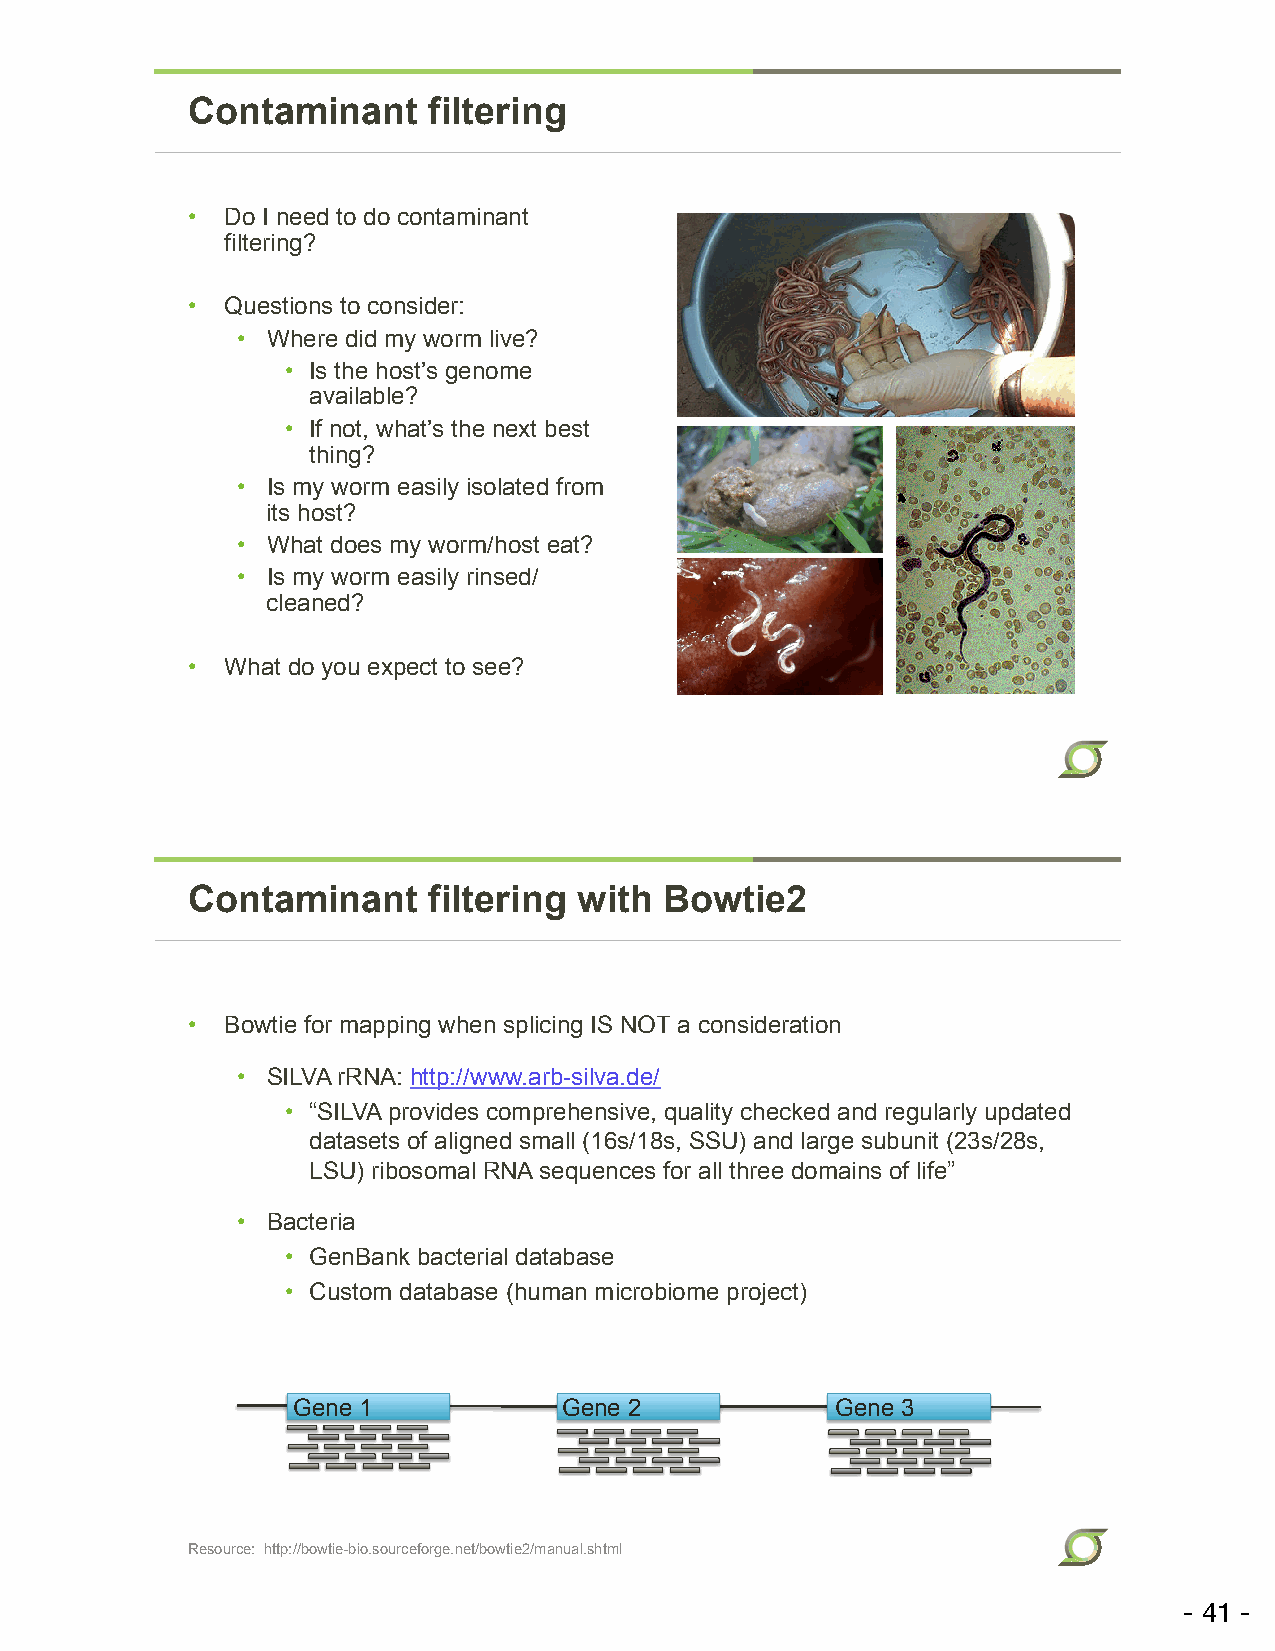
Contaminant     filtering
 •  Do I need to do contaminant
 filtering?
 •  Questions to consider:
 • Where did my worm live?
 • Is the host’s genome
 available?
 • If not, what’s the next best
 thing?
 • Is my worm easily isolated from
 its host?
 • What does my worm/host eat?
 • Is my worm easily rinsed/
 cleaned?
 •  What do you expect to see?
 Contaminant     filtering with  Bowtie2
 •  Bowtie for mapping when splicing IS NOT a consideration
 • SILVA rRNA: http://www.arb-silva.de/
 • “SILVA provides comprehensive, quality checked and regularly updated
 datasets of aligned small (16s/18s, SSU) and large subunit (23s/28s,
 LSU) ribosomal RNA sequences for all three domains of life”
 • Bacteria
 • GenBank bacterial database
 • Custom database (human microbiome project)
 Gene 1            Gene 2            Gene 3
 Resource: http://bowtie-bio.sourceforge.net/bowtie2/manual.shtml